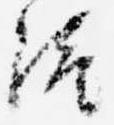
統